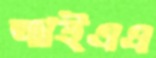
আইএএ